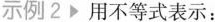
示例2用不等式表示：